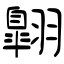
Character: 翺